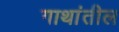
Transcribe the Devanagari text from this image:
गाथांतील